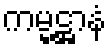
ကမ္မဋ္ဌာနံ